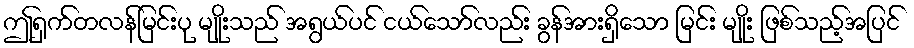
ဤရှက်တလန်မြင်းပု မျိုးသည် အရွယ်ပင် ငယ်သော်လည်း ခွန်အားရှိသော မြင်း မျိုး ဖြစ်သည့်အပြင်